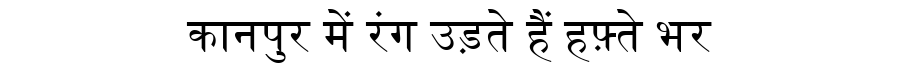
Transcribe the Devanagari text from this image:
कानपुर में रंग उड़ते हैं हफ़्ते भर